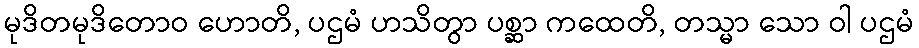
မုဒိတမုဒိတောဝ ဟောတိ, ပဌမံ ဟသိတွာ ပစ္ဆာ ကထေတိ, တသ္မာ သော ဝါ ပဌမံ